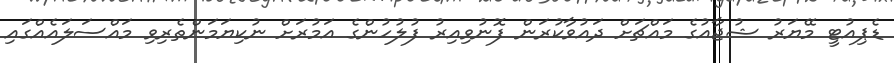
ޑެޕިއުޓީ މޭޔަރު ޝުޖާއުގެ މައްޗަށް ދައުވާކުރަން ފޮނުވިއިރު ފުލުހުންގެ އަމުރަށް ނުކިޔަމަންތެރިވި މައްސަލައެއްގައި